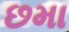
છમા